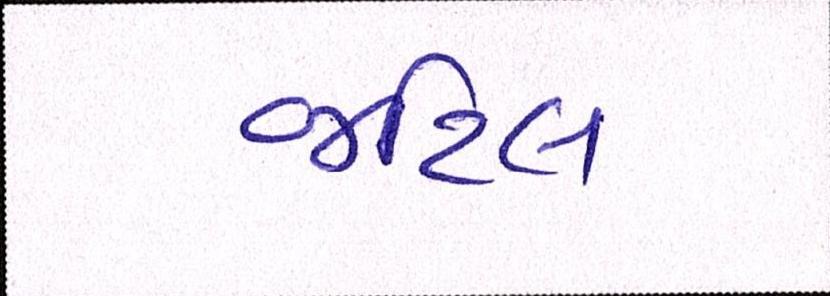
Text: જટિલ